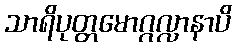
သာရိပုတ္တမောဂ္ဂလ္လာနာပိ